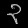
Digit: ၃